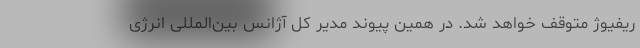
ریفیوژ متوقف خواهد شد. در همین پیوند مدیر کل آژانس بین‌المللی انرژی